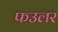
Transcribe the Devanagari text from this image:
फउलर